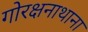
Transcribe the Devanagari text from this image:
गोरक्षनाथाना